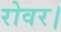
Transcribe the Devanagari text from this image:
रोवर।